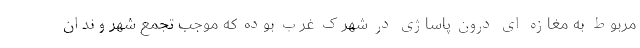
مربوط به مغازه ای درون پاساژی در شهرک غرب بوده که موجب تجمع شهروندان